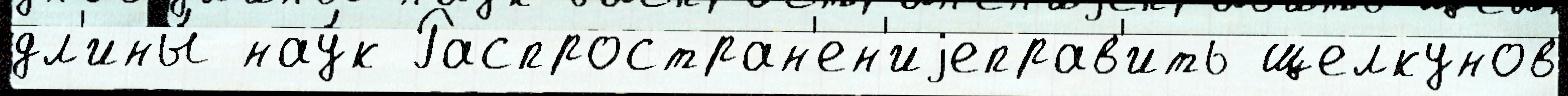
дл'ины́ нау́к Распростран'ен'иjеправ'ить щелкунов